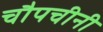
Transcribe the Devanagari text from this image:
चौपचीनी